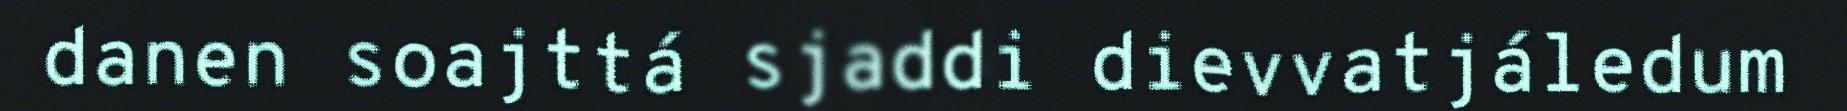
danen soajttá sjaddi dievvatjáledum